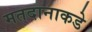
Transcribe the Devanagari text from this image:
मतदानाकडे